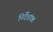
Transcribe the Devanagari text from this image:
निर्देंशांक